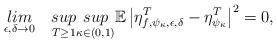
LaTeX: \begin{align*}\underset{\epsilon,\delta \rightarrow 0}{lim}\quad\underset{T \geq 1}{sup}\underset{\kappa \in (0,1)}{sup}\mathbb{E}\left|\eta_{f,\psi_\kappa,\epsilon,\delta}^T-\eta_{\psi_\kappa}^T\right|^2=0,\end{align*}